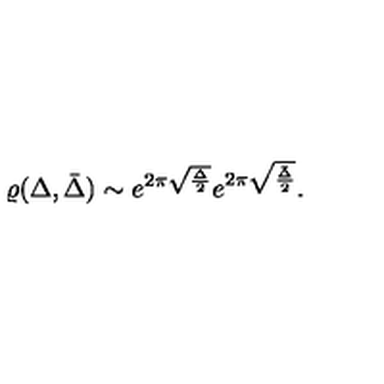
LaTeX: \varrho ( \Delta , \bar { \Delta } ) \sim e ^ { 2 \pi \sqrt { \frac { \Delta } { 2 } } } e ^ { 2 \pi \sqrt { \frac { \bar { \Delta } } { 2 } } } .